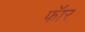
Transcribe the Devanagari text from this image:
फॅार